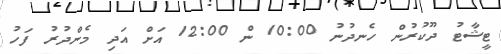
ޓީޝާޓު ދޫކުރުން ހެނދުނު 10:00 ން 12:00 އަށް އަދި މެންދުރު ފަހު